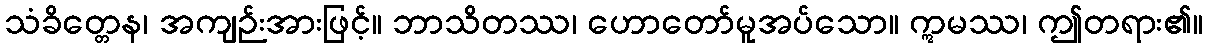
သံခိတ္တေန၊ အကျဉ်းအားဖြင့်။ ဘာသိတဿ၊ ဟောတော်မူအပ်သော။ ဣမဿ၊ ဤတရား၏။